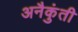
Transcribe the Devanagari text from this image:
अनैकुंती